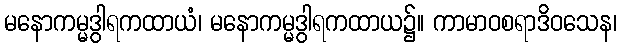
မနောကမ္မဒွါရကထာယံ၊ မနောကမ္မဒွါရကထာယ၌။ ကာမာဝစရာဒိဝသေန၊